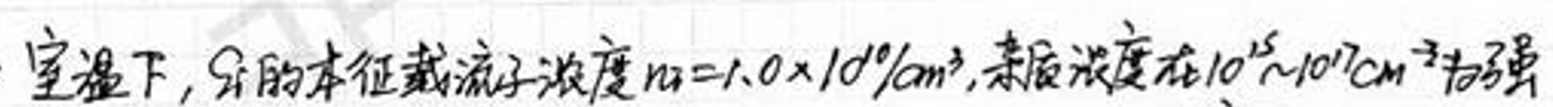
室温下，Si的本征载流子浓度$n_i = 1.0\times10^{10}/cm^3$，杂质浓度在$10^{15}\sim10^{17}cm^{-3}$为弱